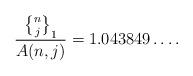
LaTeX: \begin{align*}\frac{{n\brace j}_1}{A(n,j)} = 1.043849\ldots .\end{align*}